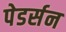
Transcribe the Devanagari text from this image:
पेडर्सन